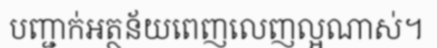
បញ្ជាក់អត្ថន័យពេញលេញល្អណាស់។